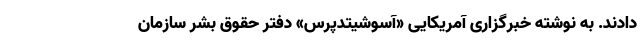
دادند. به نوشته خبرگزاری آمریکایی «آسوشیتدپرس» دفتر حقوق بشر سازمان